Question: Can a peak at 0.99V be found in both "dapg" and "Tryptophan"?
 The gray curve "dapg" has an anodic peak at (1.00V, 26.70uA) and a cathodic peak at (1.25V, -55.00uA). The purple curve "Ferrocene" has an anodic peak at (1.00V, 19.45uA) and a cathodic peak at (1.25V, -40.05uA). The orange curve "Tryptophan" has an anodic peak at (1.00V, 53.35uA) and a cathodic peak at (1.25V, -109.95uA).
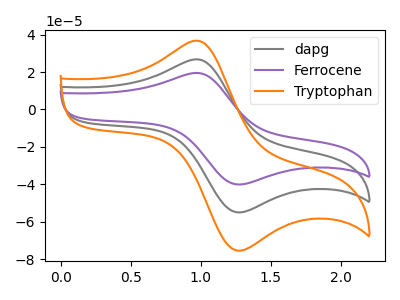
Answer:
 <answer>Yes, "dapg" and "Tryptophan" share a peak at 0.99V.</answer>
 <eval>match</eval>